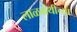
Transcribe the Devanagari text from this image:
लाळग्रंथीच्या